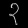
Digit: ၃